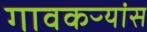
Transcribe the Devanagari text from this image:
गावकऱ्यांस